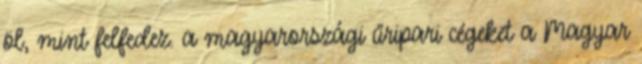
öl, mint felfedez. a magyarországi űripari cégeket a Magyar